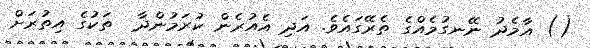
() އާމެދު ނޭނގުމެއްގެ ތެރޭގައެވެ. އަދި އެއުރެން ކުރަމުންދާ  ތަކުގެ އިތުރަށް